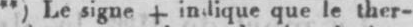
**) Le signe indique que le ther-